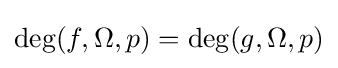
\deg(f,\Omega ,p)=\deg(g,\Omega ,p)